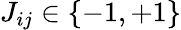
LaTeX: J_{ij}\in\{ -1,+1\}